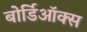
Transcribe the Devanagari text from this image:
बोर्डिऑक्स